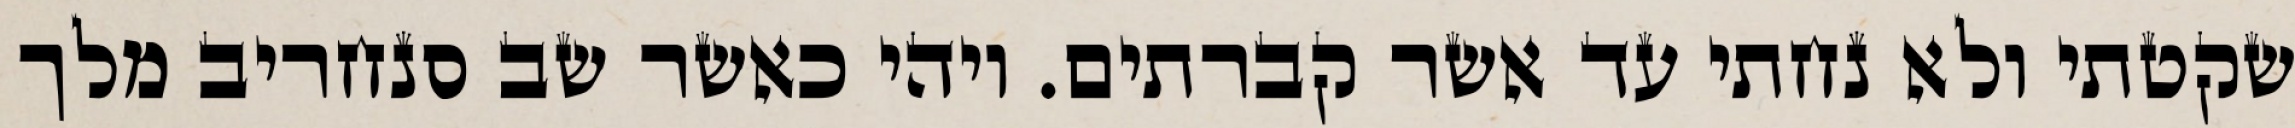
שקטתי ולא נחתי עד אשר קברתים. ויהי כאשר שב סנחריב מלך